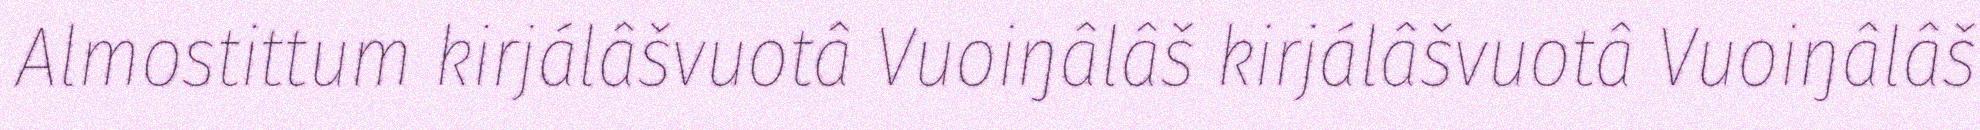
Almostittum kirjálâšvuotâ Vuoiŋâlâš kirjálâšvuotâ Vuoiŋâlâš